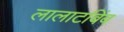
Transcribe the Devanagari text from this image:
लालाटबिंब